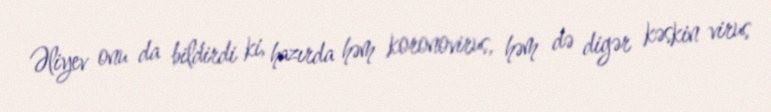
Əliyev onu da bildirdi ki, hazırda həm koronovirus, həm də digər kəskin virus